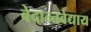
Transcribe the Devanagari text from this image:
वेदान्तवेद्याय